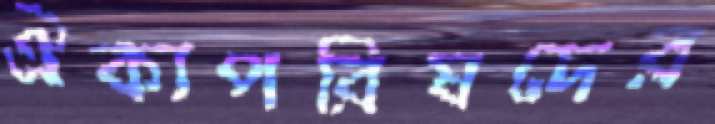
ঐক্যপরিষদের